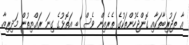
އާ ތަޖުރިބާތަކާއި ގޮންޖެހުންތަކުގެ ތެރެއިން ވެސް ބ. އަތޮޅުގެ ގިނަ ރައްޔިތުން މަދިރިއާ